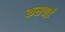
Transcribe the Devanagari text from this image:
कसवाई